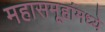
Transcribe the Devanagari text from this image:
महासमूहांमध्ये